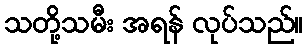
သတို့သမီး အရန် လုပ်သည်။